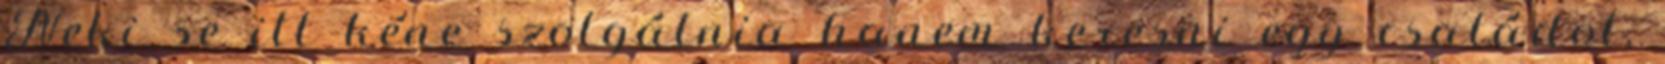
Neki se itt kéne szolgálnia hanem keresni egy családot,